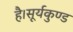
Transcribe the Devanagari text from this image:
है।सूर्यकुण्ड